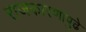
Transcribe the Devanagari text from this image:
राजकारणापुढे